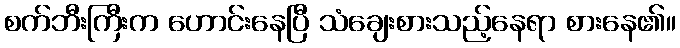
စက်ဘီးကြီးက ဟောင်းနေပြီ သံချေးစားသည့်နေရာ စားနေ၏။